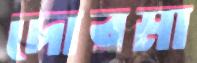
দোরমা